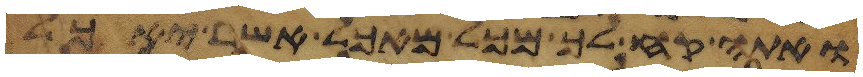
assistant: ואתה קח לך מכל מאכל אשר יאכל